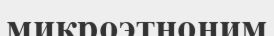
микроэтноним